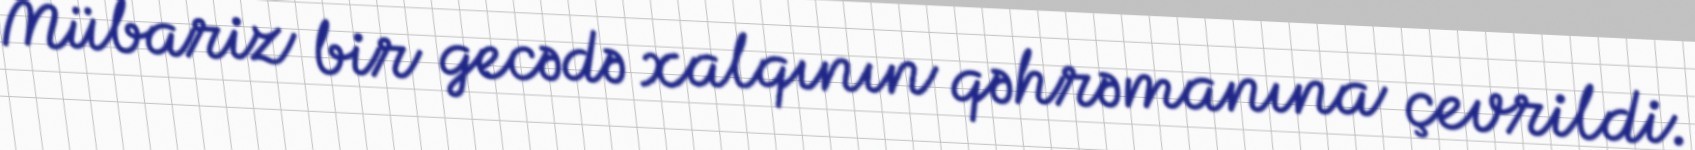
Mübariz bir gecədə xalqının qəhrəmanına çevrildi.